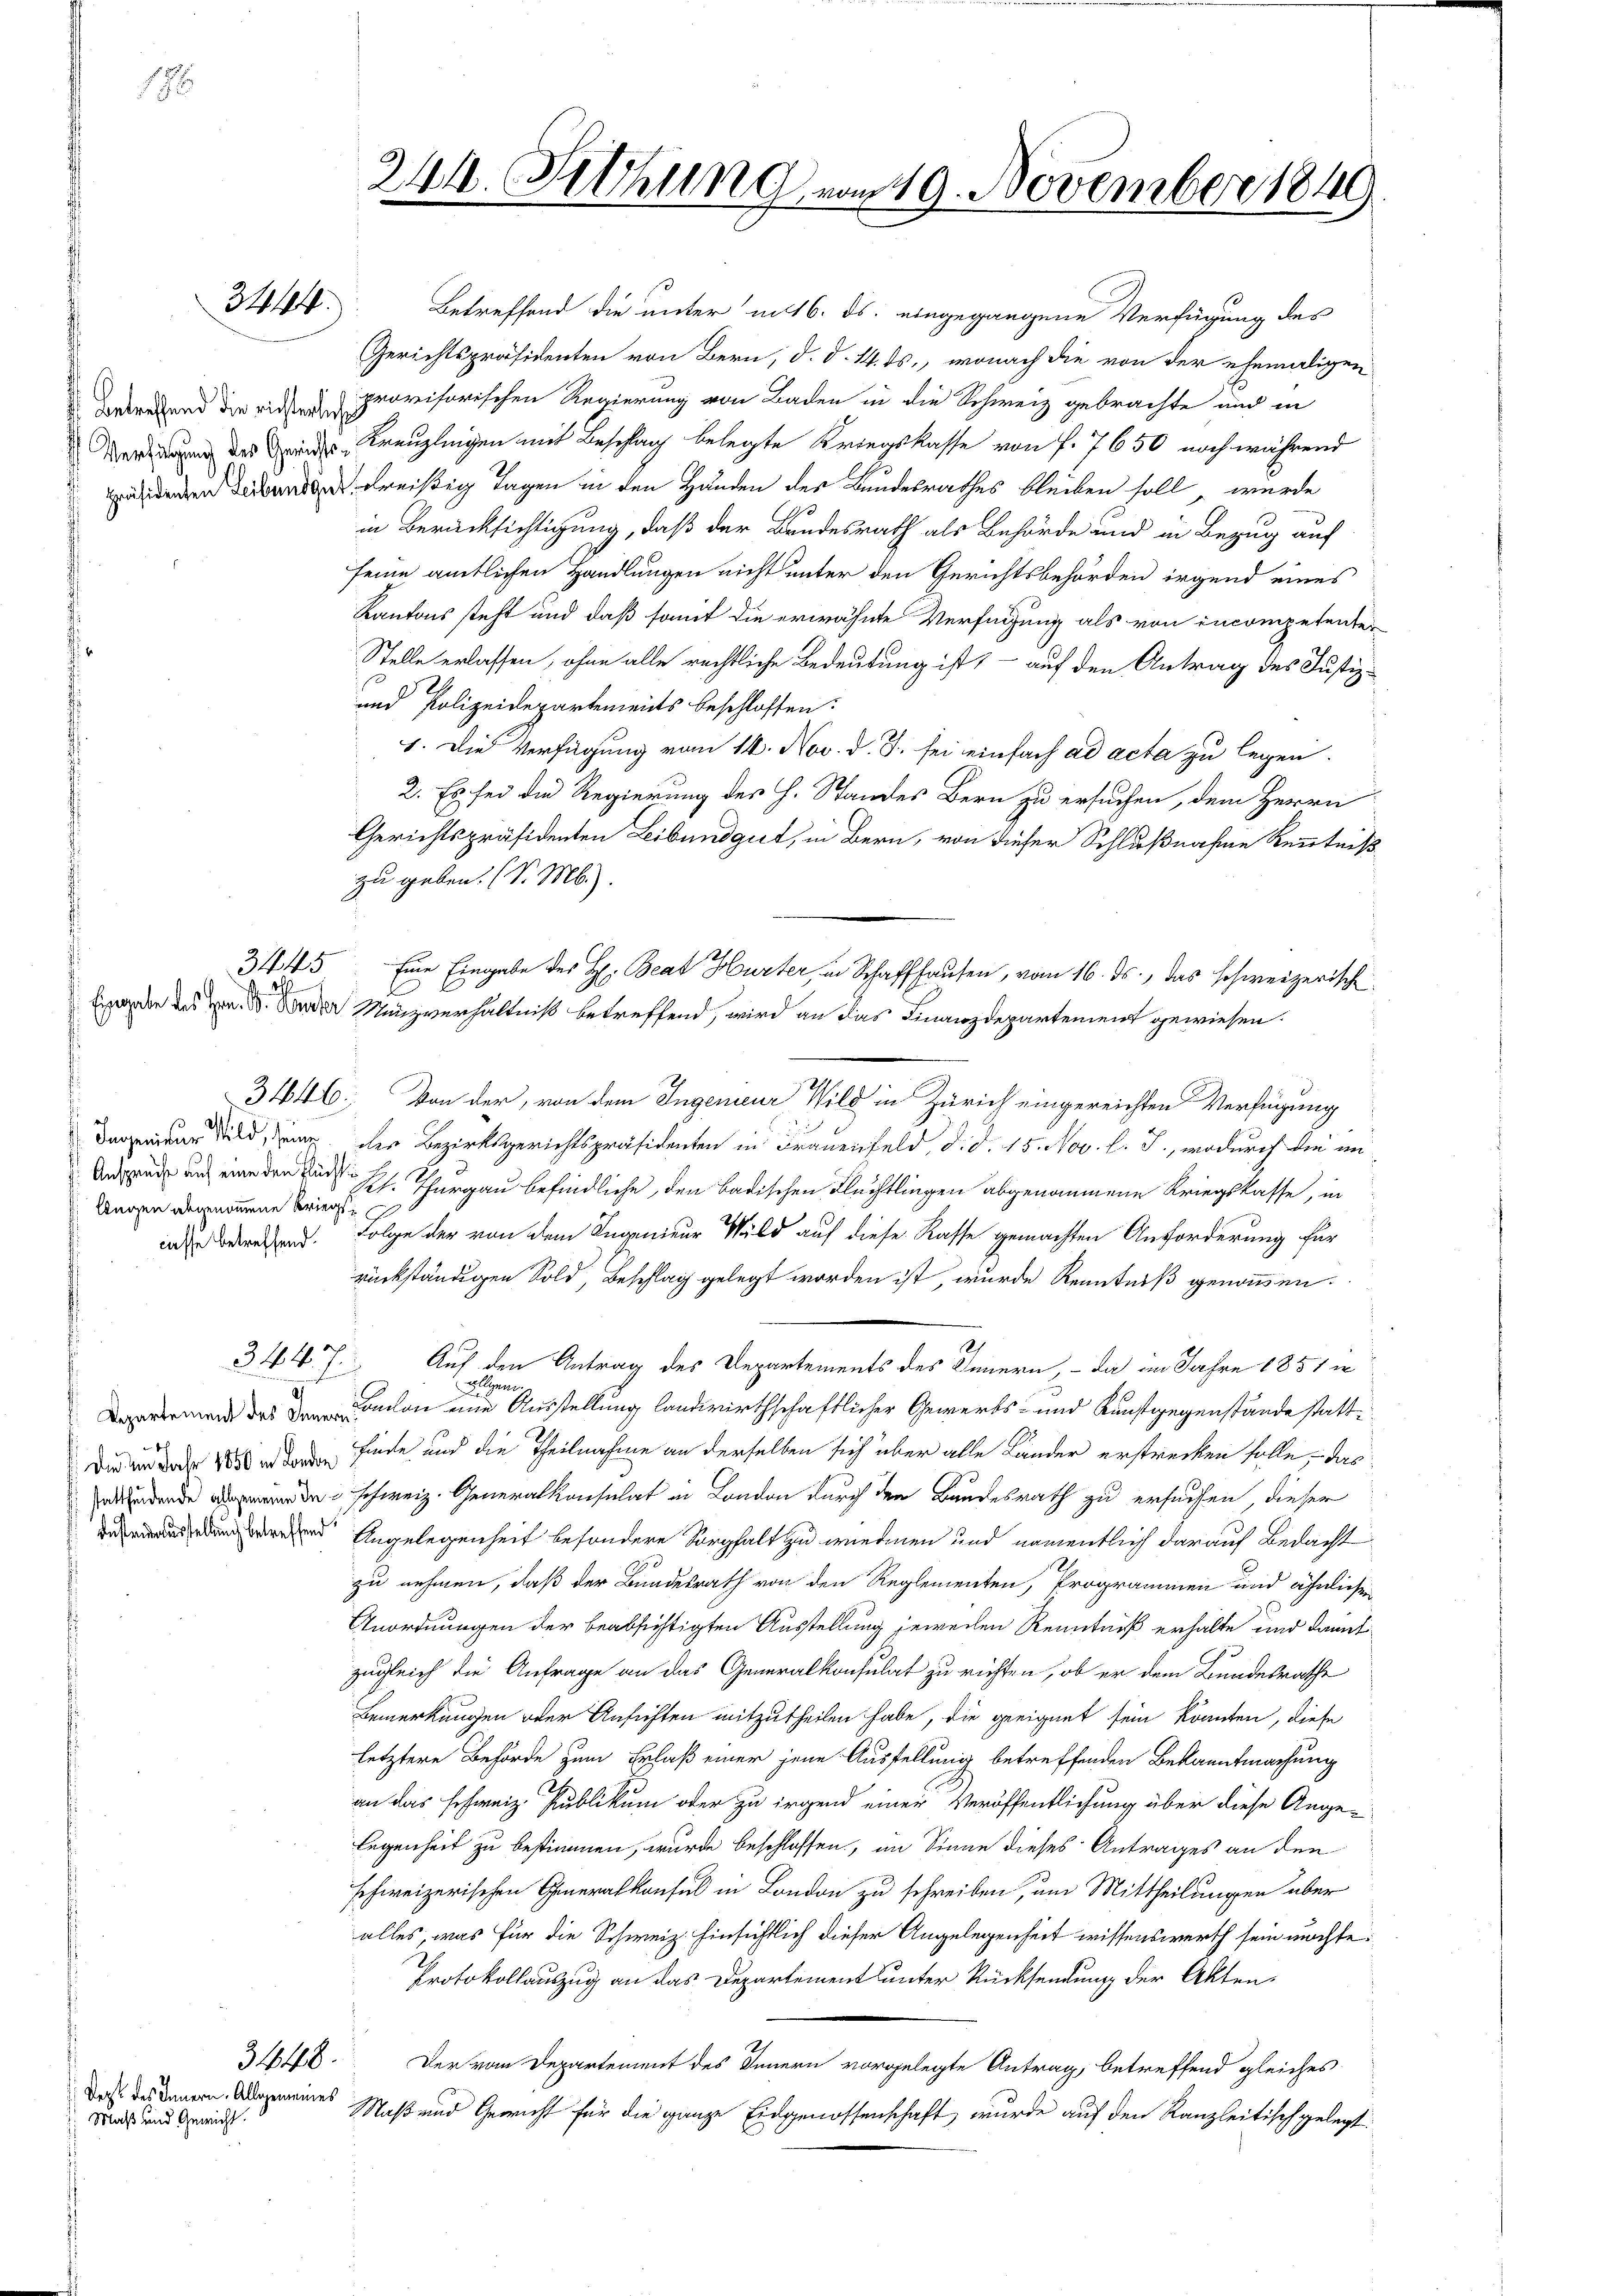
h

3444.

3445

|

legen abgenommene Kriegs

Deck des Innern. Allgemeines
Maß und Gewicht

l

241. Fettung vom 19. November 1849

Eine Eingabe des H. Beat Hurter, in Schaffhausen, vom 16. ds., das schweizerische

Betreffend die unter im 16. ds. eingegangene Verfügung des
Gerichtspräsidenten von Bern, d. d. 14. ds., wonach die von der ehemaligen
derend die ein provisorischen Regierung von Baden in die Schweiz gebrachte und in
 de rendes Kreuzlingen mit Beschlag belegte Kriegskasse von f. 7650 noch während
 dreißig Tagen in den Händen der Bundesrathes bleiben soll, würde
in Berücksichtigung, daß der Bundesrath als Behörde und in Bezug auf
seine amtlichen Handlungen nicht unter den Gerichtsbehörden irgend eines
Kantons steht und daß somit die erwähnte Verfügung als von incompetenter
Stelle erlassen, ohne alle rechtliche Bedeutung ist, - auf den Antrag des Justiz-
und Polizeidepartements beschlossen:
1. Die Verfügung vom 14. Nov. d. J. sei einfach ad acta zu legen.
2. Es sei die Regierung des H. Standes Bern zu ersuchen, dem Herrn
Gerichtspräsidenten Leibundgut, in Bern, von dieser Schlußnahme Kenntniß
zu geben. (S. M.).
Eigenden des Hrn. Beder Menzverhältniß betreffend, wird an das Finanzdepartement gewiesen.
3446. Von der, von dem Ingenieur Wild in Zürich eingereichten Verfügung
Dawider Bild, Zug der Bezirksgerichtspräsidenten in Frauenfeld, d. d. 15. Nov. l. J., wodurch die in
Arsende und eine den Fürst Joh. Thurgau befindliche, den badischen Flechtlingen abgenommene Kriegskasse, in
iae berechend. Folge der von dem Ingenieur Wild auf diese Kasse gemachten Anforderung für
rückständigen Sold, Beschlag gelegt worden ist, wurde Kenntniß genommen.
d
34 4xx
Auf den Antrag des Departements des Innern, – da im Jahre 1851 in
2
wiligen
chon eine Ausstellung landwirthschaftlicher Gewerbs- und Kunstgegenstände statt¬
Die er oder de finde und die Theilnahme an derselben sich über alle Länder erstrecken solle, das
 schweiz. Generalkonsulat in London durch den Bundesrath zu ersuchen dieser
 Angelegenheit besondere Sorgfalt zu wiedenen und namentlich darauf Bedacht
zu nehmen, daß der Bundesrath von den Reglementen, Programmen und ähnlichen
Anordnungen der beabsichtigten Ausstellung jeweilen Kenntniß erhalte und damit
zugleich die Anfrage an das Generalkonsulat zu richten, ob er dem Bundesrathe
Bemerkungen oder Ansichten mitzutheilen habe, die geeignet sein könnten, diese
letztere Behörde zum Erlaß einer jene Ausstellung betreffenden Bekanntmachung
an das schweiz. Publikum oder zu irgend einer Veröffentlichung über diese Angelegenheit zu bestimmen, wurde beschlossen, im Sinne dieses Antrages an den
schweizerischen Generalkonsul in London zu schreiben, um Mittheilungen aber
alles, was für die Schweiz. Hinsichtlich dieser Angelegenheit wissenswerth sein möchte:
Protokollauszug an das Departement unter Rücksendung der Akten¬
3448.
Der vom Departement des Innern vorgelegte Antrag, betreffend gleiches
Maß und Gewicht für die ganze Eidgenossenschaft, wurde auf den Kanzleitisch gelegt.